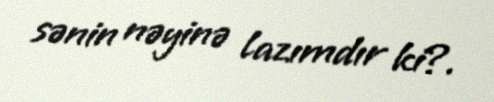
sənin nəyinə lazımdır ki?.